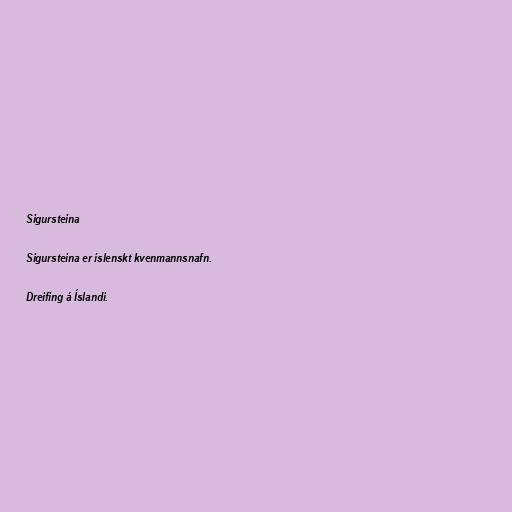
Sigursteina

Sigursteina er íslenskt kvenmannsnafn.

Dreifing á Íslandi.